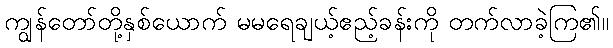
ကျွန်တော်တို့နှစ်ယောက် မမရေချယ့်ဧည့်ခန်းကို တက်လာခဲ့ကြ၏။